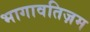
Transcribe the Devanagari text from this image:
भागावतिज़म